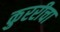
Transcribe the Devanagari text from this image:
कुररीचा